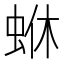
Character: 𮔄